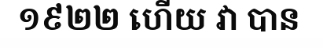
១៩២២ ហើយ វា បាន